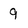
Character: 9